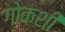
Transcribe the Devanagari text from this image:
गोकशी